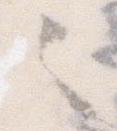
々